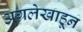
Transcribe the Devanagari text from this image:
अग्रलेखाहून